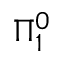
\Pi _ { 1 } ^ { 0 }